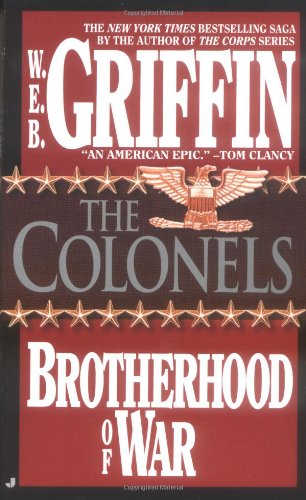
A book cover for The Colonels (Brotherhood of War, Book 4); W.E.B. Griffin; Literature & Fiction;